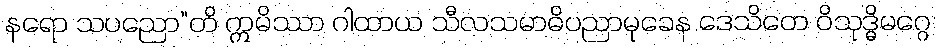
နရော သပညော”တိ ဣမိဿာ ဂါထာယ သီလသမာဓိပညာမုခေန ဒေသိတေ ဝိသုဒ္ဓိမဂ္ဂေ